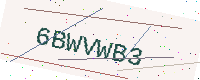
Text: 6BWVWB3